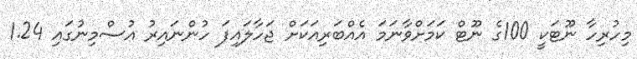
މިހުރިހާ ނޫޓަކީ 100ގެ ނޫޓް ކަމަށްވާނަމަ އެއްބަރިއަކަށް ޖަހާލައިފަ ހުންނައިރު އުސްމިނުގައި 1.24